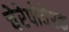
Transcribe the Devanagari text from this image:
चेरेपोवेस्क